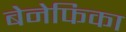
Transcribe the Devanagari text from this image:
बेनेफिका